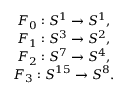
\begin{array} { c } { { F _ { 0 } : S ^ { 1 } \rightarrow S ^ { 1 } , } } \\ { { F _ { 1 } : S ^ { 3 } \rightarrow S ^ { 2 } , } } \\ { { F _ { 2 } : S ^ { 7 } \rightarrow S ^ { 4 } , } } \\ { { F _ { 3 } : S ^ { 1 5 } \rightarrow S ^ { 8 } . } } \end{array}